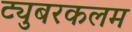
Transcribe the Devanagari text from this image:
ट्युबरकलम